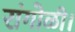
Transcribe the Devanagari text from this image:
रांगोळी।